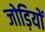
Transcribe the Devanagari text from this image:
जोड़ियों